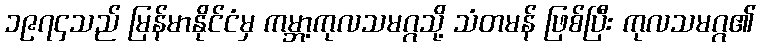
၁၉၇၄သည် မြန်မာနိုင်ငံမှ ကမ္ဘာ့ကုလသမဂ္ဂသို့ သံတမန် ဖြစ်ပြီး ကုလသမဂ္ဂ၏